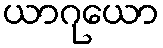
ယာဂုယော